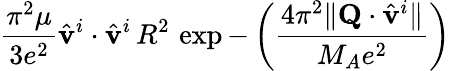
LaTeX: \frac{\pi^{2}\mu}{3e^{2}}\hat{\mathbf v}^{i}\cdot\hat{\mathbf v}^{i}\, R^{2}\, \exp-\left(\frac{4\pi^{2}\| {\mathbf Q}\cdot\hat{\mathbf v}^{i}\| }{M_{A}e^{2}}\right)